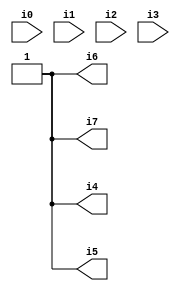
// Benchmark "SKOLEMFORMULA" written by ABC on Mon May  4 05:27:32 2020

module SKOLEMFORMULA ( 
    i0, i1, i2, i3,
    i4, i5, i6, i7  );
  input  i0, i1, i2, i3;
  output i4, i5, i6, i7;
  assign i4 = 1'b1;
  assign i5 = 1'b1;
  assign i6 = 1'b1;
  assign i7 = 1'b1;
endmodule